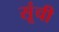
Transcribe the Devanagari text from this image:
सूंची